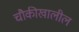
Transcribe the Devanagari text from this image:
चौकीखालील